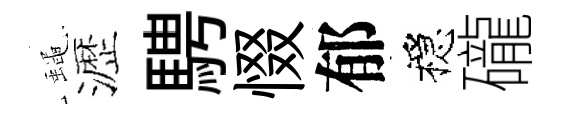
蠅瀝騁惙郁穩礲